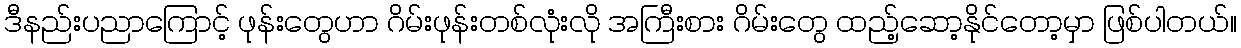
ဒီနည်းပညာကြောင့် ဖုန်းတွေဟာ ဂိမ်းဖုန်းတစ်လုံးလို အကြီးစား ဂိမ်းတွေ ထည့်ဆော့နိုင်တော့မှာ ဖြစ်ပါတယ်။